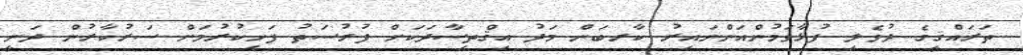
ތަރައްޤީގެ ދުވެލި ފުޅާވަމުންއަންނައިރު ކާރބަން މަދު އިޤްތިސާދަކަށް ފުރުސަތު ފަހިކުރުމަށް ސަރުކާރުން ދަނީ